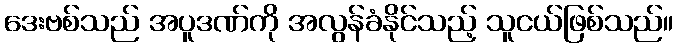
ဒေးဗစ်သည် အပူဒဏ်ကို အလွန်ခံနိုင်သည့် သူငယ်ဖြစ်သည်။